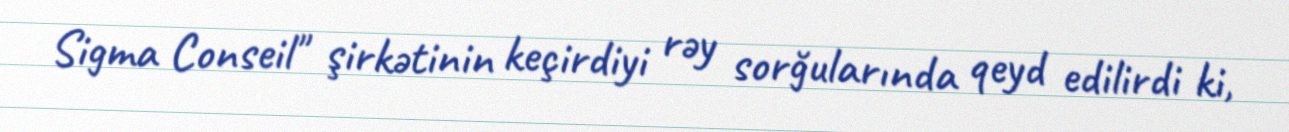
Sigma Conseil" şirkətinin keçirdiyi rəy sorğularında qeyd edilirdi ki,